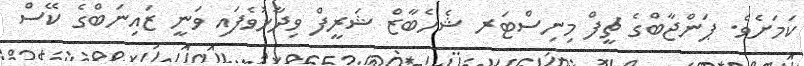
ކަމަށެވެ. ޕަންޖާބްގެ ޗީފް މިނިސްޓަރ ޝެހެބާޒް ޝަރީފް ވިދާޅުވެފައި ވަނީ ޒައިނަބްގެ ކޭސް